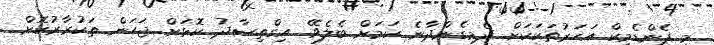
މި ޕެންޑެމިކް އަހަރުތަކަކަށް ދެމިގެންދާނެ ކަމަށް ބެލެވޭ. އިގްތިސާދު ކޮޅަށް ޖަހަން ތަކުރާރުކޮށް